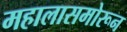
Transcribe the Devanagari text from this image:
महालासमोरून